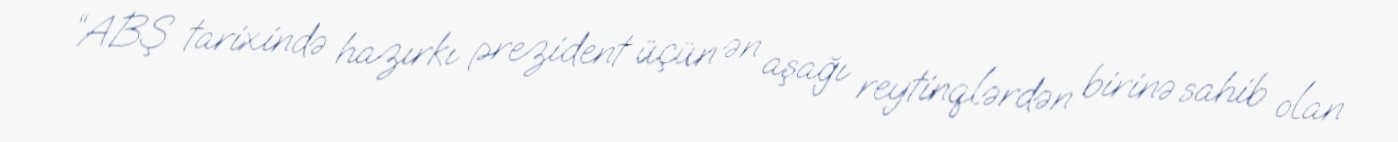
“ABŞ tarixində hazırkı prezident üçün ən aşağı reytinqlərdən birinə sahib olan